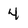
Character: 4